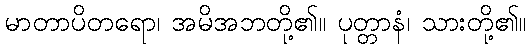
မာတာပိတရော၊ အမိအဘတို့၏။ ပုတ္တာနံ၊ သားတို့၏။